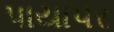
પાયાપર